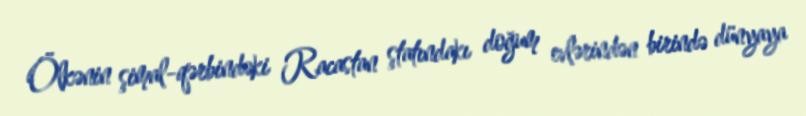
Ölkənin şimal-qərbindəki Racastan ştatındakı doğum evlərindən birində dünyaya